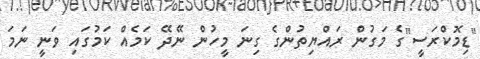
"ޑިމޮކްރަސީ"ގެ މަގުން ރައްޔިތުންގެ ގިނަ މީހުން ނޭދޭ ކަމެއް ކަމުގައި ވަނީ ނަމަ